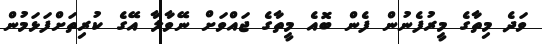
ވަދެ މިތާގެ މީރުފެނުން ފެން ބޮއެ މީތާގެ ޖައްވަށް ނޭވާލާ އޭގެ ކުރިތަށްފަޅަމުން